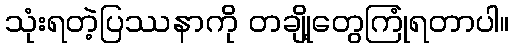
သုံးရတဲ့ပြဿနာကို တချို့တွေကြုံရတာပါ။